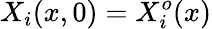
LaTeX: X_{i}(x,0)=X_{i}^{o}(x)